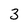
Character: 3